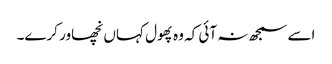
اسے سمجھ نہ آئی کہ وہ پھول کہاں نچھاور کرے۔